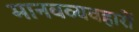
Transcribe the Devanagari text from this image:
मानवव्यवहारों